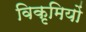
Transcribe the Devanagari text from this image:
विकृमियों